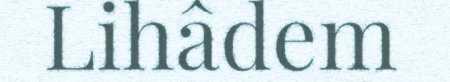
Lihâdem